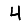
Digit: 4